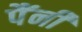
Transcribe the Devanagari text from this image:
पैंनी